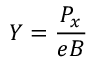
Y = \frac { P _ { x } } { e B }